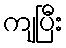
ကျပြီး